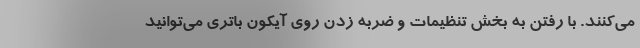
می‌کنند. با رفتن به بخش تنظیمات و ضربه زدن روی آیکون باتری می‌توانید